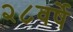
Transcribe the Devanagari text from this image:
२८वर्षे